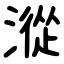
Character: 漎